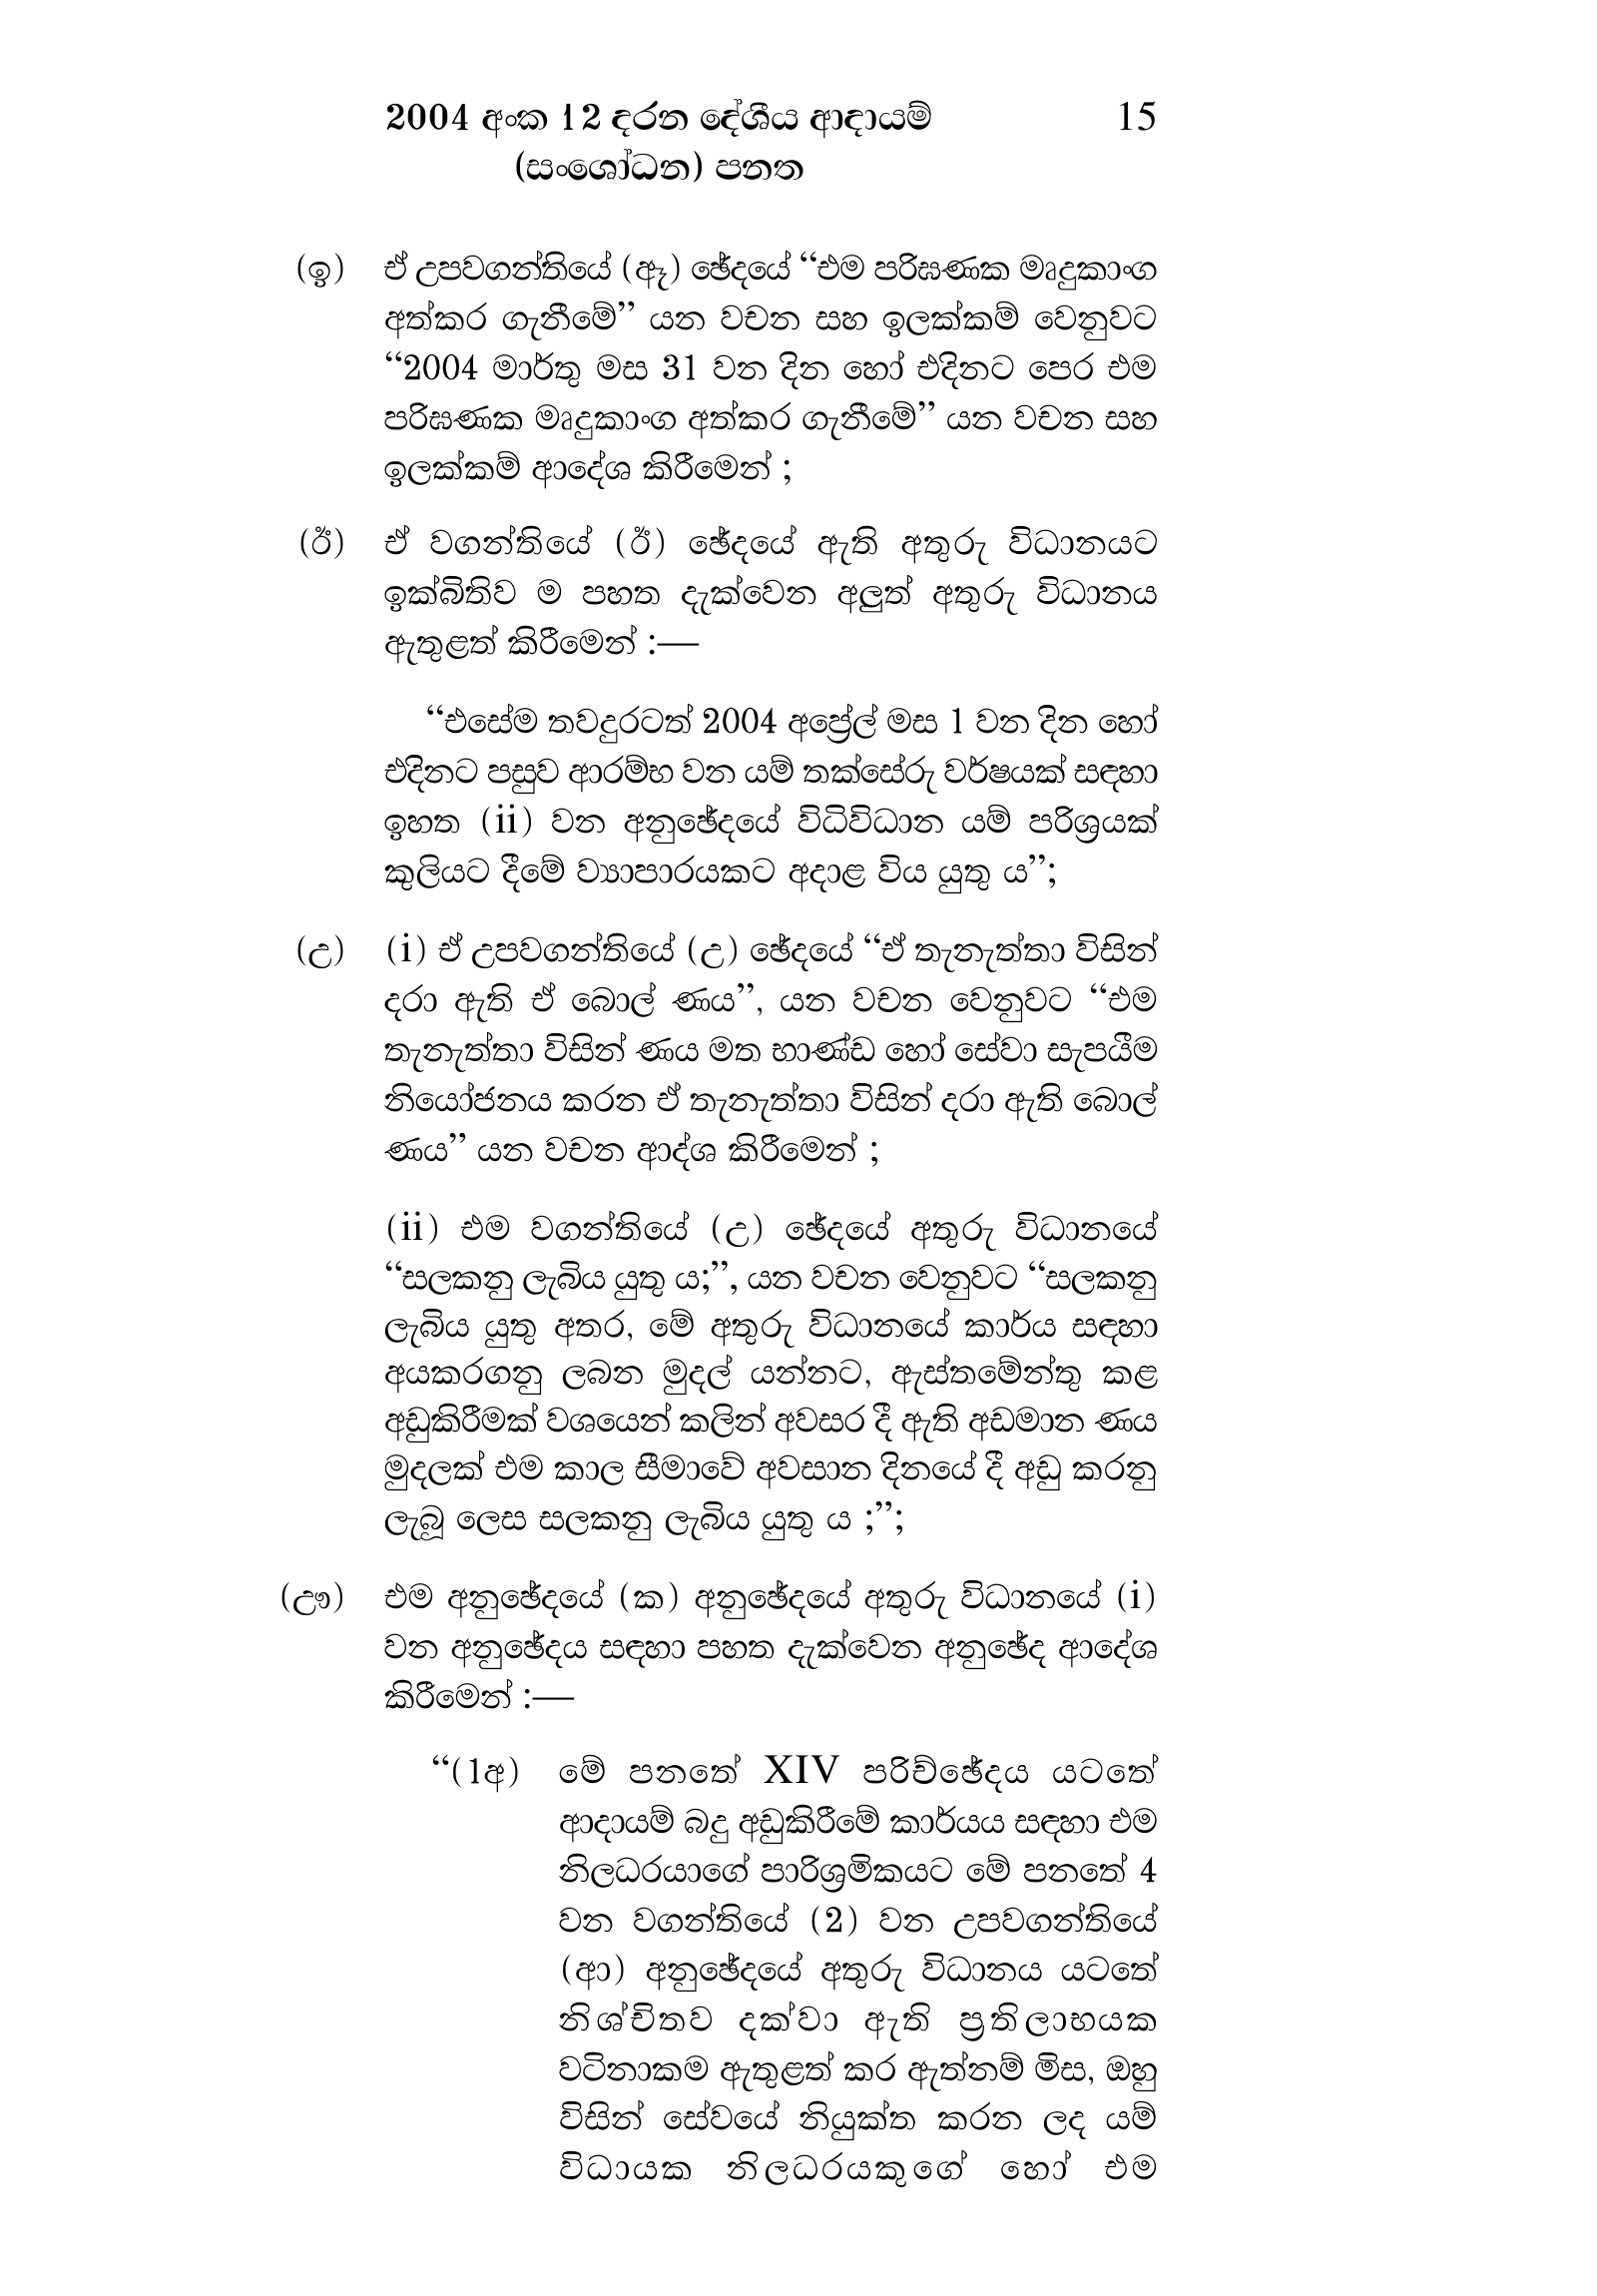
2004 අංක 12 දරන දේශීය ආදායම් 15
(සංශෝධන) පනත

(ඉ) ඒ උපවගන්තියේ (ඈ) ඡේදයේ “එම පරිඝණක මෘදුකාංග
අත්කර ගැනීමේ” යන වචන සහ ඉලක්කම් වෙනුවට
“2004 මාර්තු මස 31 වන දින හෝ එදිනට පෙර එම
පරිඝණක මෘදුකාංග අත්කර ගැනීමේ” යන වචන සහ
ඉලක්කම් ආදේශ කිරීමෙන් ;

(ඊ) ඒ වගන්තියේ (ඊ) ඡේදයේ ඇති අතුරු විධානයට
ඉක්බිතිව ම පහත දැක්වෙන අලුත් අතුරු විධානය
ඇතුළත් කිරීමෙන් :—

“එසේම තවදුරටත් 2004 අප්‍රේල් මස 1 වන දින හෝ
එදිනට පසුව ආරම්භ වන යම් තක්සේරු වර්ෂයක් සඳහා
ඉහත (ii) වන අනුඡේදයේ විධිවිධාන යම් පරිශ්‍රයක්
කුලියට දීමේ ව්‍යාපාරයකට අදාළ විය යුතු ය”;

(උ) (i) ඒ උපවගන්තියේ (උ) ඡේදයේ “ඒ තැනැත්තා විසින්
දරා ඇති ඒ බොල් ණය”, යන වචන වෙනුවට “එම
තැනැත්තා විසින් ණය මත භාණ්ඩ හෝ සේවා සැපයීම
නියෝජනය කරන ඒ තැනැත්තා විසින් දරා ඇති බොල්
ණය” යන වචන ආද්ශ කිරීමෙන් ;

(ii) එම වගන්තියේ (උ) ඡේදයේ අතුරු විධානයේ
“සලකනු ලැබිය යුතු ය;”, යන වචන වෙනුවට “සලකනු
ලැබිය යුතු අතර, මේ අතුරු විධානයේ කාර්ය සඳහා
අයකරගනු ලබන මුදල් යන්නට, ඇස්තමේන්තු කළ
අඩුකිරීමක් වශයෙන් කලින් අවසර දී ඇති අඩමාන ණය
මුදලක් එම කාල සීමාවේ අවසාන දිනයේ දී අඩු කරනු
ලැබූ ලෙස සලකනු ලැබිය යුතු ය ;”;

(ඌ) එම අනුඡේදයේ (ක) අනුඡේදයේ අතුරු විධානයේ (i)
වන අනුඡේදය සඳහා පහත දැක්වෙන අනුඡේද ආදේශ
කිරීමෙන් :—

“(1අ) මේ පනතේ XIV පරිච්ඡේදය යටතේ
ආදායම් බදු අඩුකිරීමේ කාර්යය සඳහා එම
නිලධරයාගේ පාරිශ්‍රමිකයට මේ පනතේ 4
වන වගන්තියේ (2) වන උපවගන්තියේ
(ආ) අනුඡේදයේ අතුරු විධානය යටතේ
නිශ්චිතව දක්වා ඇති ප්‍රතිලාභයක
වටිනාකම ඇතුළත් කර ඇත්නම් මිස, ඔහු
විසින් සේවයේ නියුක්ත කරන ලද යම්
විධායක නිලධරයකුගේ හෝ එම